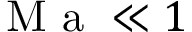
\ensuremath { \mathrm { ~ M ~ a ~ } } \ll 1